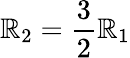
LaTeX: \mathbb{R}_{2}=\frac{{3}}{{2}}\mathbb{R}_{1}